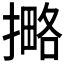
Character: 𰔡